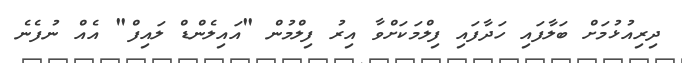
ދިރިއުޅުމަށް ބަލާފައި ހަދާފައި ފިލްމަކަށްވާ އިރު ފިލްމުން "އައިލެންޑް ލައިފް" އެއް ނުފެނެ